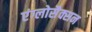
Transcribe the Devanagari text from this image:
एंग्लोसैक्सन